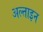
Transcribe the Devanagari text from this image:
अल्ताइन